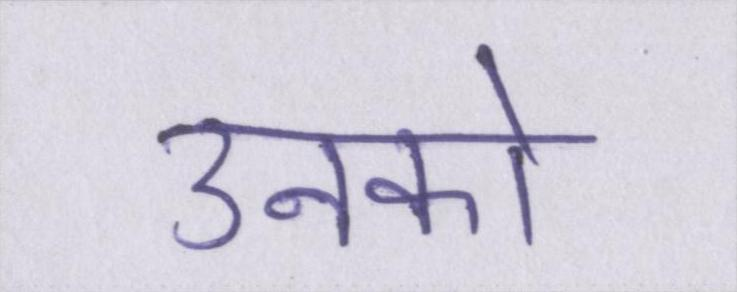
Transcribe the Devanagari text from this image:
उनको